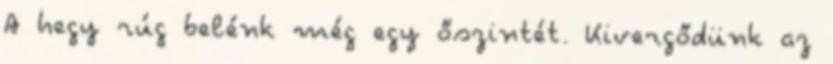
A hegy rúg belénk még egy őszintét. Kivergődünk az